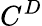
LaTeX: C^{D}